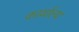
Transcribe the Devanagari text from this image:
कार्याल्य